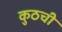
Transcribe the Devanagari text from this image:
कुठची